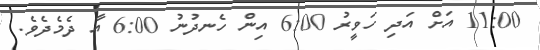
11:00 އަށް އަދި ހަވީރު 6:00 އިން ހެނދުނު 6:00 އާ ދެމެދެވެ.